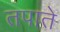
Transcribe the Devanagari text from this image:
तपाते